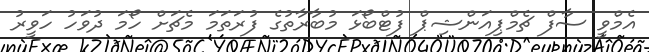
އެމްވީ ސާފް ޗެމްޕިއަންޝިޕް ފުޓްބޯޅަ މުބާރާތުގެ ފުރަތަމަ މެޗަށް ހޯމަ ދުވަހު ހަވީރު